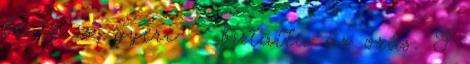
be te is, gyere - biztatta az órás. S